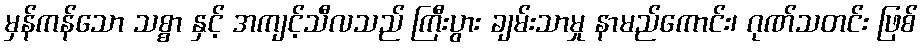
မှန်ကန်သော သစ္စာ နှင့် အကျင့်သီလသည် ကြီးပွား ချမ်းသာမှု နာမည်ကောင်း၊ ဂုဏ်သတင်း ဖြစ်